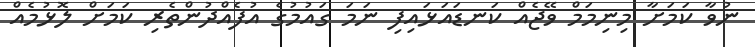
ނުވާ ކަމަށާ މިނިމަމް ވޭޖެއް ކަނޑައަޅައިފި ނަމަ ގައުމުގެ އުފެއްދުންތެރި ކަމަށް ލޮޅުމެއް